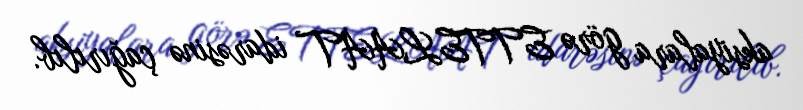
aksiyalara görə ETTELAAT idarəsinə çağırılıb.